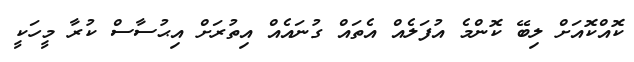
ކޮއްކޮއަށް ލިބޭ ކޮންމެ އުފަލެއް އެތައް ގުނައެއް އިތުރަށް އިޙުސާސް ކުރާ މީހަކީ